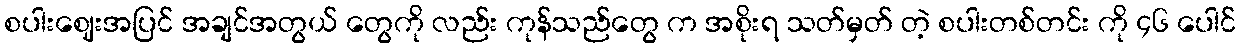
စပါးဈေးအပြင် အချင်အတွယ် တွေကို လည်း ကုန်သည်တွေ က အစိုးရ သတ်မှတ် တဲ့ စပါးတစ်တင်း ကို ၄၆ ပေါင်